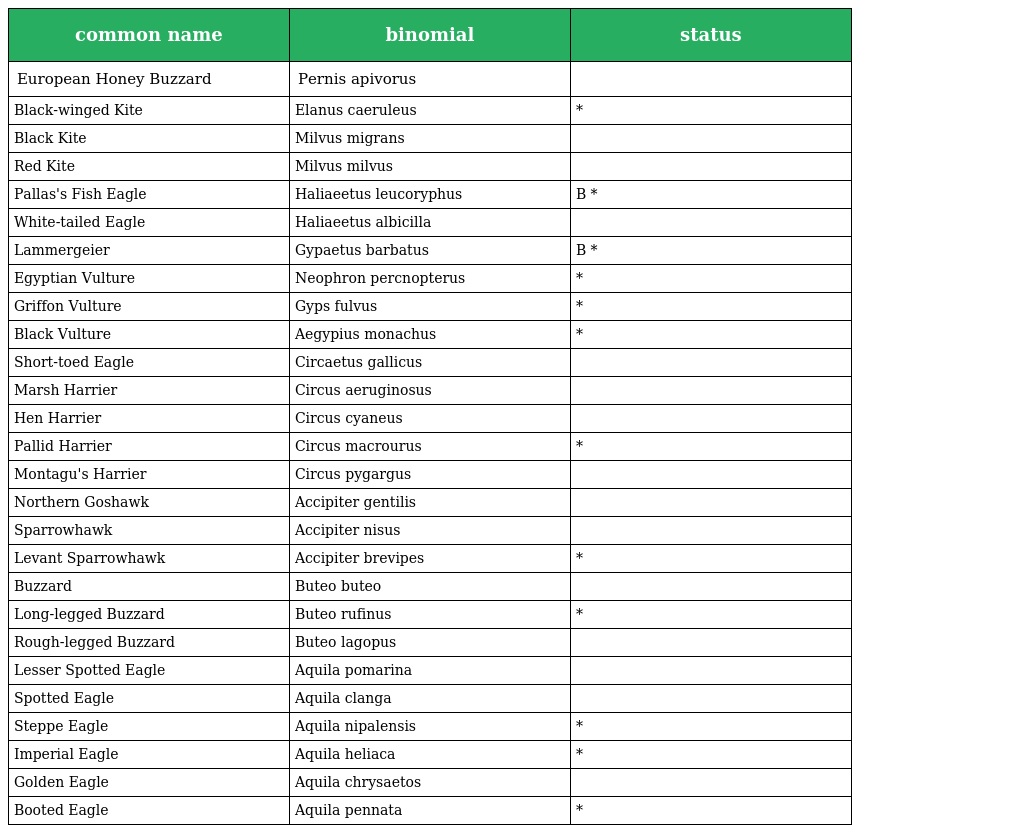
| common name | binomial | status |
 | --- | --- | --- |
 | European Honey Buzzard | Pernis apivorus |  |
 | Black-winged Kite | Elanus caeruleus | * |
 | Black Kite | Milvus migrans |  |
 | Red Kite | Milvus milvus |  |
 | Pallas's Fish Eagle | Haliaeetus leucoryphus | B * |
 | White-tailed Eagle | Haliaeetus albicilla |  |
 | Lammergeier | Gypaetus barbatus | B * |
 | Egyptian Vulture | Neophron percnopterus | * |
 | Griffon Vulture | Gyps fulvus | * |
 | Black Vulture | Aegypius monachus | * |
 | Short-toed Eagle | Circaetus gallicus |  |
 | Marsh Harrier | Circus aeruginosus |  |
 | Hen Harrier | Circus cyaneus |  |
 | Pallid Harrier | Circus macrourus | * |
 | Montagu's Harrier | Circus pygargus |  |
 | Northern Goshawk | Accipiter gentilis |  |
 | Sparrowhawk | Accipiter nisus |  |
 | Levant Sparrowhawk | Accipiter brevipes | * |
 | Buzzard | Buteo buteo |  |
 | Long-legged Buzzard | Buteo rufinus | * |
 | Rough-legged Buzzard | Buteo lagopus |  |
 | Lesser Spotted Eagle | Aquila pomarina |  |
 | Spotted Eagle | Aquila clanga |  |
 | Steppe Eagle | Aquila nipalensis | * |
 | Imperial Eagle | Aquila heliaca | * |
 | Golden Eagle | Aquila chrysaetos |  |
 | Booted Eagle | Aquila pennata | * |